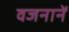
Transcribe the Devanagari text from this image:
वजनानें